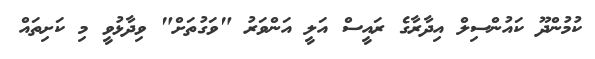
ކުމުންދޫ ކައުންސިލް އިދާރާގެ ރައީސް އަލީ އަންވަރު "ވަގުތަށް" ވިދާޅުވީ މި ކަށިތައް